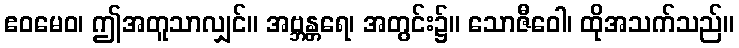
ဧဝမေဝ၊ ဤအတူသာလျှင်။ အဗ္ဘန္တရေ၊ အတွင်း၌။ သောဇီဝေါ၊ ထိုအသက်သည်။